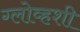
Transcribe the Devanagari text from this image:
ग्लोव्हशी